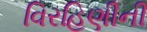
વિરહિણીની